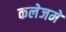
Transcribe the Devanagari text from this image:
कलेजमे